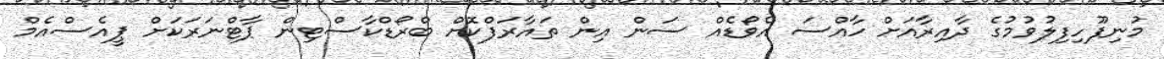
މުނިފޫހިފިލުވުމުގެ ދާއިރާއަށް ހާއްސަ އެވޯޑެއް ސަން އިން ތައާރަފްކޮށް ބްރޯޑްކާސްޓިން ޕާޓްނަރަކަށް ޕީއެސްއެމް